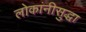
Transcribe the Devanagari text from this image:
लोकांनीसुद्धा